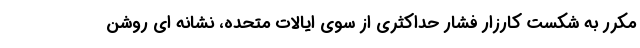
مکرر به شکست کارزار فشار حداکثری از سوی ایالات متحده، نشانه ای روشن